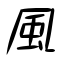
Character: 風